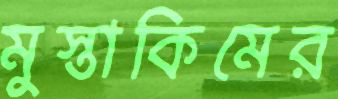
মুস্তাকিমের